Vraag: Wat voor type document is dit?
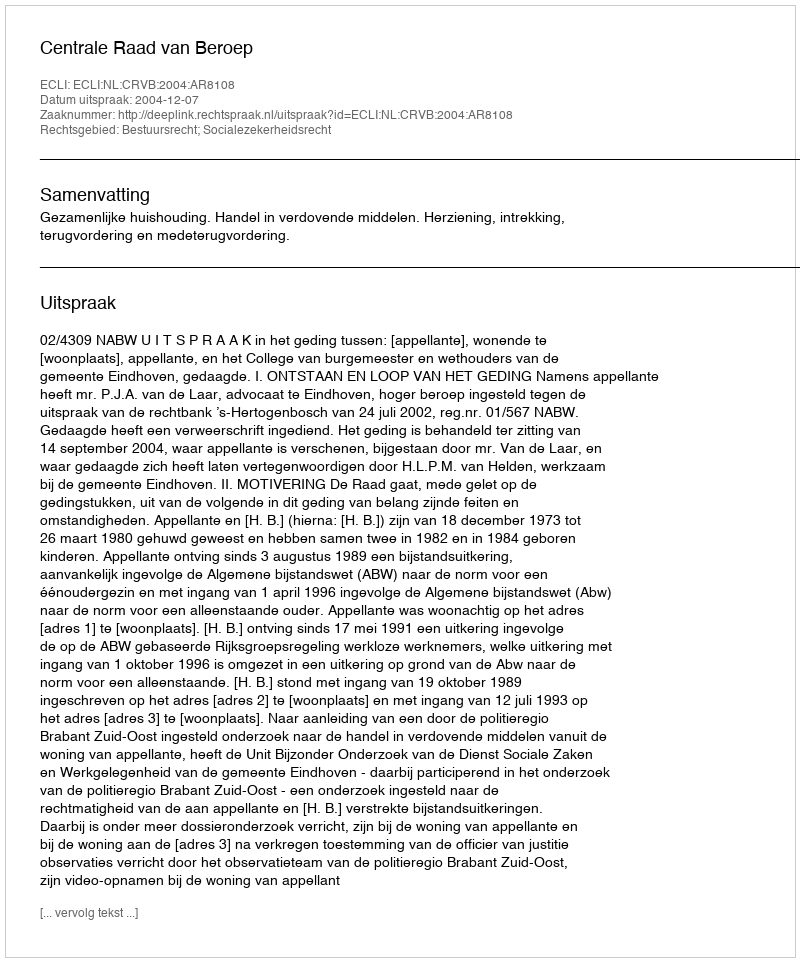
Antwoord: Uitspraak